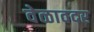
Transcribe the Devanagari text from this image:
वेळावदर